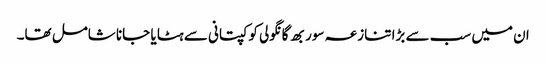
ان میں سب سے بڑا تنازعہ سوربھ گانگولی کو کپتانی سے ہٹا یا جانا شامل تھا۔